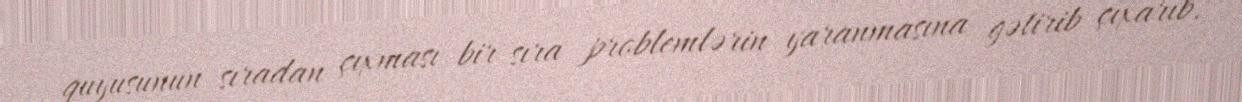
quyusunun sıradan çıxması bir sıra problemlərin yaranmasına gətirib çıxarıb.